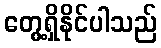
တွေ့ရှိနိုင်ပါသည်